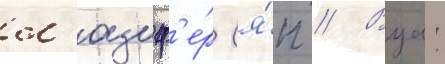
л'юциф'е́р (я́п // Вуа: